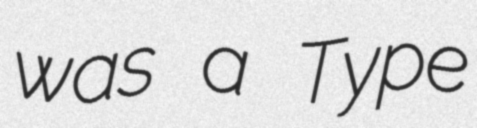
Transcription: was a Type